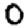
Digit: 0